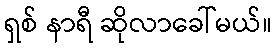
ရှစ် နာရီ ဆိုလာခေါ်မယ်။